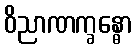
ဝိညာဏက္ခန္ဓော